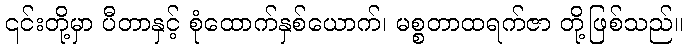
၎င်းတို့မှာ ပီတာနှင့် စုံထောက်နှစ်ယောက်၊ မစ္စတာထရက်ဇာ တို့ဖြစ်သည်။